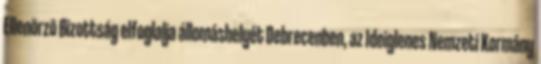
Ellenõrzõ Bizottság elfoglalja állomáshelyét Debrecenben, az Ideiglenes Nemzeti Kormány